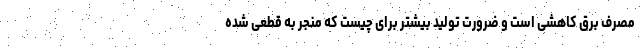
مصرف برق کاهشی است و ضرورت تولید بیشتر برای چیست که منجر به قطعی شده